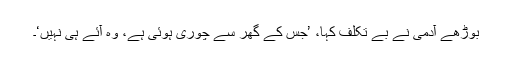
بوڑھے آدمی نے بے تکلف کہا، ’جس کے گھر سے چوری ہوئی ہے، وہ آئے ہی نہیں‘۔